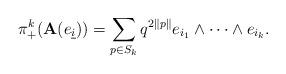
LaTeX: \begin{align*}\pi_{+}^{k}(\mathbf{A}(e_{\underline{i}})) = \sum_{p \in S_{k}} q^{2 \|p\|} e_{i_{1}} \wedge \cdots\wedge e_{i_{k}}.\end{align*}